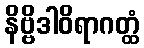
နိဗ္ဗိဒါဝိရာဂတ္ထံ